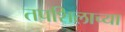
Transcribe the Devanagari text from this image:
तपशिलाच्या